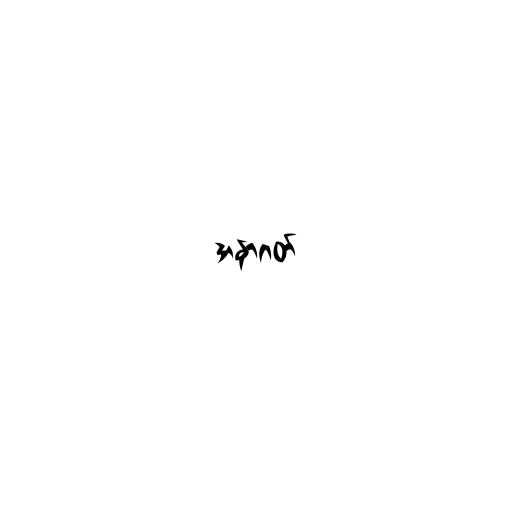
အနာဂတ်